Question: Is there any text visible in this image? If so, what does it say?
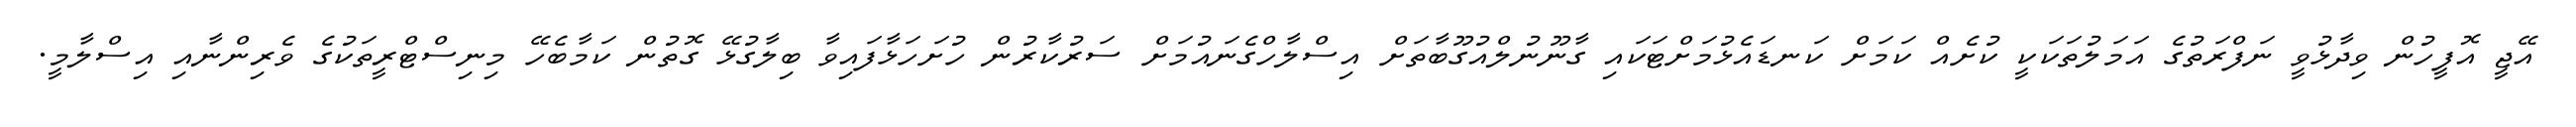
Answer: އޭޖީ އޮފީހުން ވިދާޅުވީ ނަފްރަތުގެ އަމަލުތަކަކީ ކުށެއް ކަމަށް ކަނޑައެޅުމަށްޓަކައި ގާނޫނުލްއުގޫބާތަށް އިސްލާހްގެނައުމަށް ސަރުކާރުން ހުށަހަޅާފައިވާ ބިލާގުޅޭ ގޮތުން ކަމާބެހޭ މިނިސްޓްރީތަކުގެ ވެރިންނާއި އިސްލާމީ.